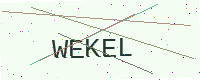
Text: WEKEL